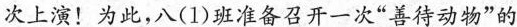
次上演！为此，八(1)班准备召开一次”善待动物”的